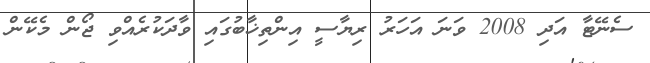
ސެނޭޓާ އަދި 2008 ވަނަ އަހަރު ރިޔާސީ އިންތިޚާބުގައި ވާދަކުރެއްވި ޖޯން މެކޭން